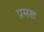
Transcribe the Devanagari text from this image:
प्रमख